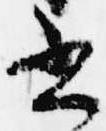
書